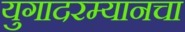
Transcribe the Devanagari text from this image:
युगादरम्यानचा